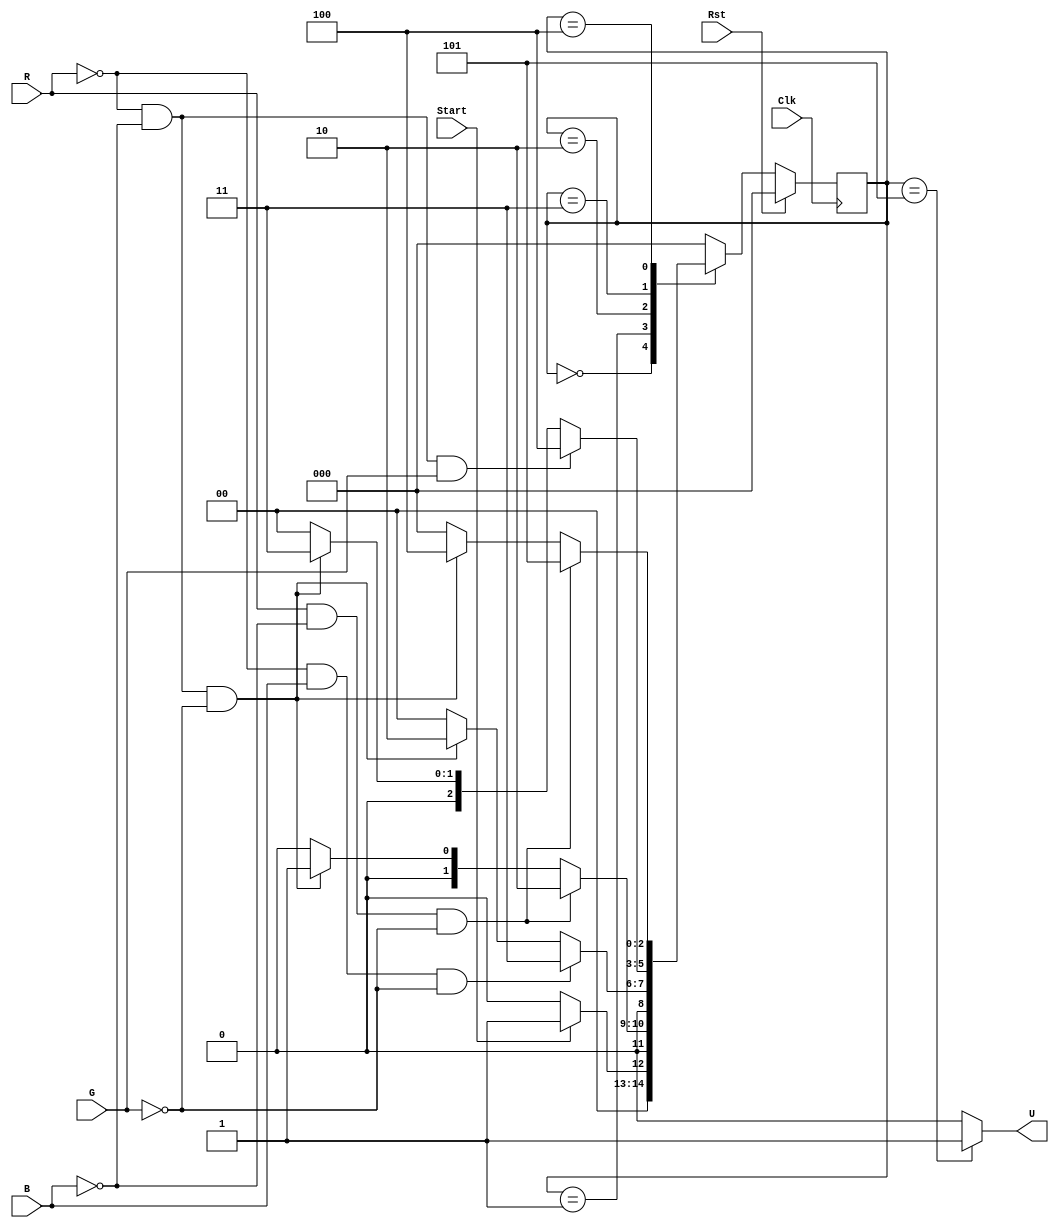
`timescale 1 ns/1 ns

module Code_Detector(Start, R, G, B, Clk, Rst, U);

	input Start, R, G, B;
	output reg U;
	input Clk, Rst;

	parameter S_Wait = 0, S_Start = 1, S_Red1 = 2, 
						S_Blue = 3, S_Green = 4, S_Red2 = 5;

	reg [2:0] State, StateNext;
	
	// StateReg
	always @(posedge Clk) begin
		if (Rst == 1)
			State <= S_Wait;
		else
			State <= StateNext;
	end

	// CombLogic
	always @(*) begin
		case(State)
			S_Wait: begin
				U <= 0;
				if (Start == 1)
					StateNext <= S_Start;
				else
					StateNext <= S_Wait;
			end
			S_Start: begin
				U <= 0;
				// if (R & ~B & ~G == 1'b1)
				if (R == 1 && B == 0 && G == 0)
					StateNext <= S_Red1;
				// else if ((B | G) == 1'b1) StateNext <= S_Wait;
				else if (R == 0 && B == 0 && G == 0)
					StateNext <= S_Start;
				else
					StateNext <= S_Wait;
			end
			S_Red1: begin
				U <= 0;
				if (R == 0 && B == 1 && G == 0)
					StateNext <= S_Blue;
				else if (R == 0 && B == 0 && G == 0)
					StateNext <= S_Red1;
				else
					StateNext <= S_Wait;
			end
			S_Blue: begin
				U <= 0;
				if (R == 0 && B == 0 && G == 1)
					StateNext <= S_Green;
				else if (R == 0 && B == 0 && G == 0)
					StateNext <= S_Blue;
				else
					StateNext <= S_Wait;
			end
			S_Green: begin
				U <= 0;
				if (R == 1 && B == 0 && G == 0)
					StateNext <= S_Red2;
				else if (R == 0 && B == 0 && G == 0)
					StateNext <= S_Green;
				else
					StateNext <= S_Wait;
			end
			S_Red2: begin
				U <= 1;
				StateNext <= S_Wait;
			end
			default: begin
				U <= 0;
				StateNext <= S_Wait;
			end
		endcase
	end
endmodule